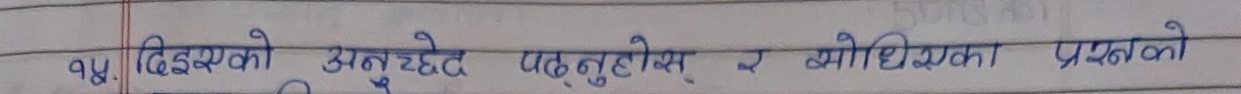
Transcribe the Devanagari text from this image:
४ प्र. दिइएको अनुच्छेद पढ्नुहोस् र सोधिएका प्रश्नको